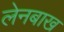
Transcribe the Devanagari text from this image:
लेनबाख